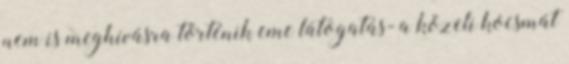
nem is meghívásra történik eme látogatás- a közeli kocsmát